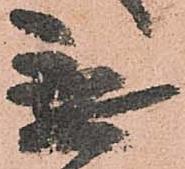
無